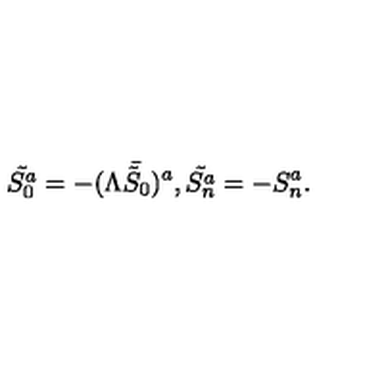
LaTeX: \tilde { S _ { 0 } ^ { a } } = - ( \Lambda \bar { \tilde { S } _ { 0 } } ) ^ { a } , \tilde { S _ { n } ^ { a } } = - S _ { n } ^ { a } .